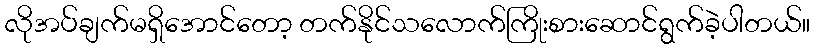
လိုအပ်ချက်မရှိအောင်တော့ တက်နိုင်သလောက်ကြိုးစားဆောင်ရွက်ခဲ့ပါတယ်။